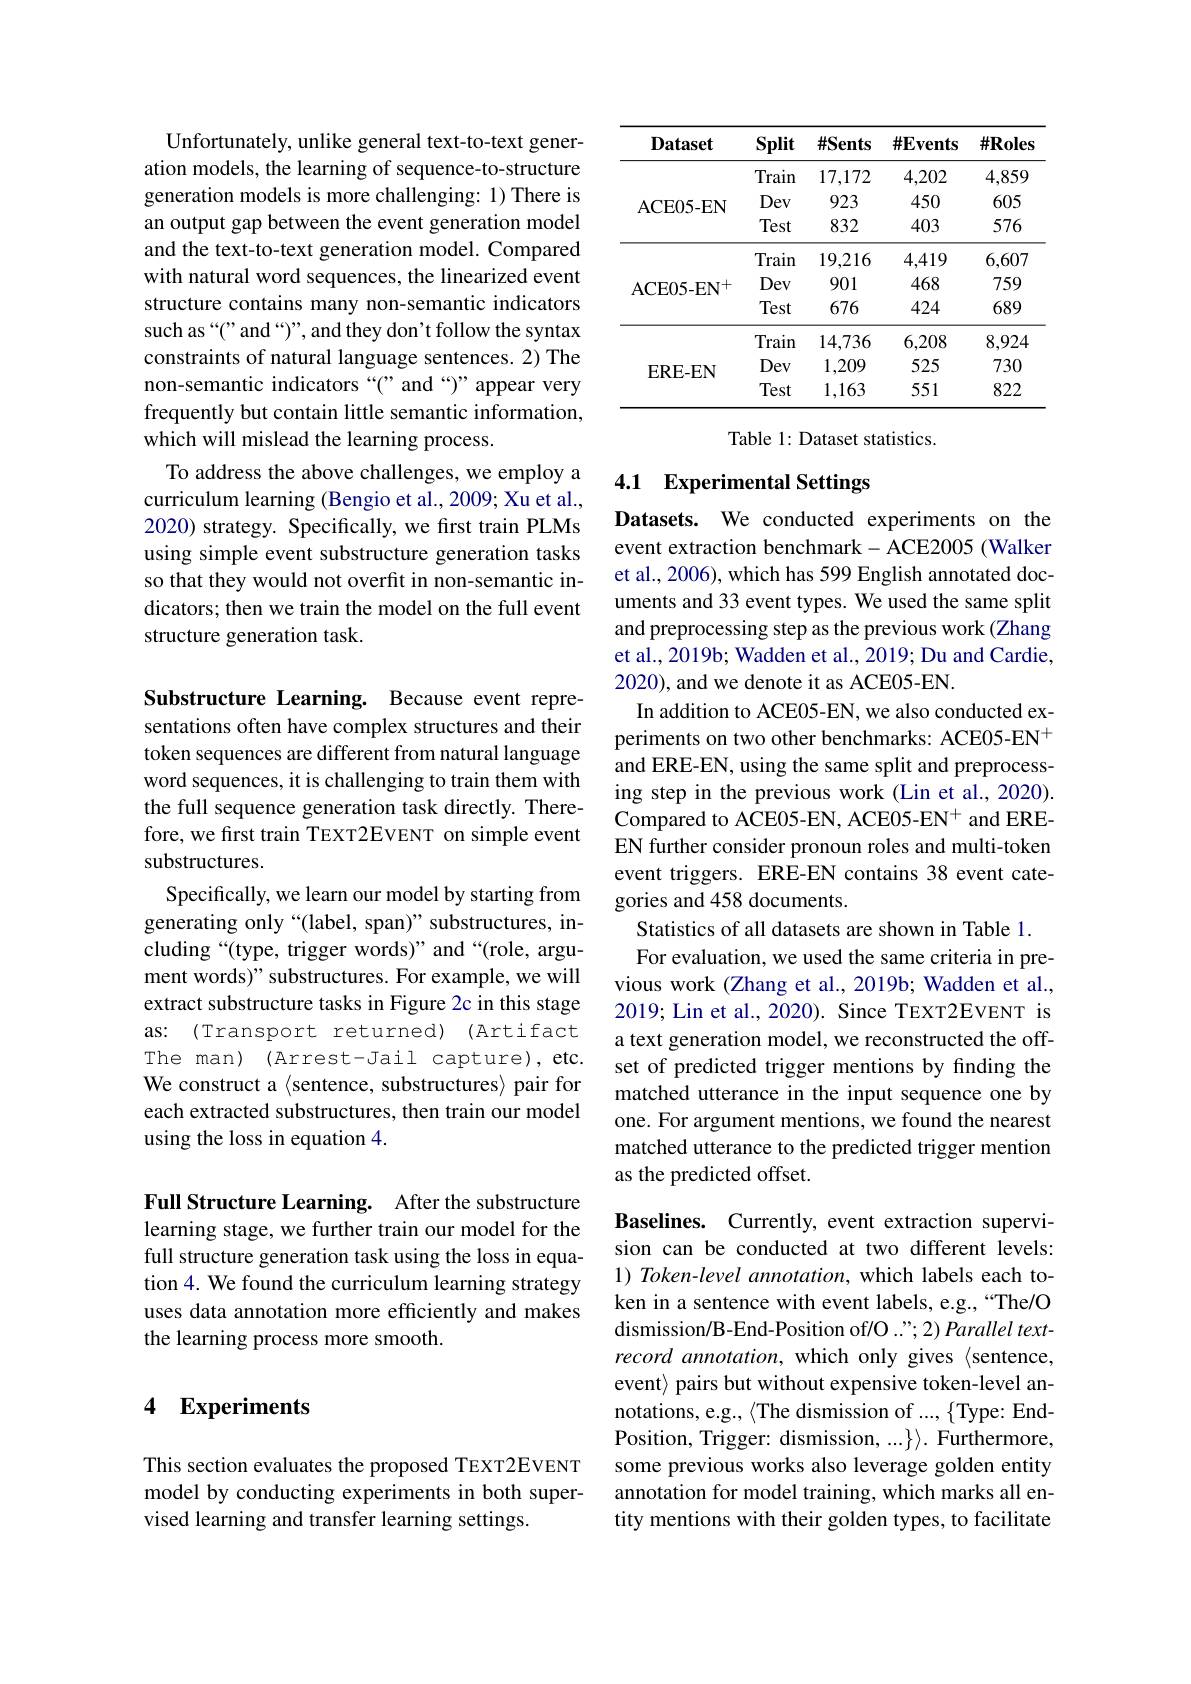
Unfortunately, unlike general text-to-text generation models, the learning of sequence-to-structure generation models is more challenging: 1) There is an output gap between the event generation model and the text-to-text generation model. Compared with natural word sequences, the linearized event structure contains many non-semantic indicators such as“(” and“)”, and they don't follow the syntax constraints of natural language sentences. 2) The non-semantic indicators “(”and“)”appear very frequently but contain little semantic information, which will mislead the learning process.
To address the above challenges, we employ a curriculum learning (Bengio et al., 2009; Xu et al., 2020) strategy. Specifically, we first train PLMs using simple event substructure generation tasks so that they would not overfit in non-semantic indicators; then we train the model on the full event structure generation task.

Substructure Learning. Because event representations often have complex structures and their token sequences are different from natural language word sequences, it is challenging to train them with the full sequence generation task directly. Therefore, we first train TEXT2EVENT on simple event substructures.
Specifically, we learn our model by starting from generating only“(label, span)” substructures, including“(type, trigger words)”and“(role, argument words)" substructures. For example, we will extract substructure tasks in Figure 2c in this stage as: (Transport returned) (Artifact The man) (Arrest-Jail capture),etc. We construct a {sentence, substructures} pair for each extracted substructures, then train our model using the loss in equation 4.

Full Structure Learning. After the substructure learning stage, we further train our model for the full structure generation task using the loss in equation 4. We found the curriculum learning strategy uses data annotation more efficiently and makes the learning process more smooth.

## 4 Experiments

This section evaluates the proposed TEXT2EVENT model by conducting experiments in both supervised learning and transfer learning settings.

<table>
	<tbody>
		<tr>
			<th>$\mathbf{Dataset}$</th>
			<th>Split</th>
			<th>$\#Sents$</th>
			<th>$\#\mathbf{E}$vents</th>
			<th>$\#Roles$</th>
		</tr>
		<tr>
			<td rowspan="3">ACE05- EN</td>
			<td>Train</td>
			<td>17,172</td>
			<td>4,202</td>
			<td>4,859</td>
		</tr>
		<tr>
			<td>Dev</td>
			<td>923</td>
			<td>450</td>
			<td>605</td>
		</tr>
		<tr>
			<td>Test</td>
			<td>832</td>
			<td>403</td>
			<td>576</td>
		</tr>
		<tr>
			<td rowspan="3">ACE05- E$N^{+ }$</td>
			<td>Train</td>
			<td>19,216</td>
			<td>4,419</td>
			<td>6,607</td>
		</tr>
		<tr>
			<td>Dev</td>
			<td>901</td>
			<td>468</td>
			<td>759</td>
		</tr>
		<tr>
			<td>Test</td>
			<td>676</td>
			<td>424</td>
			<td>689</td>
		</tr>
		<tr>
			<td rowspan="3">ERE-EN</td>
			<td>Train</td>
			<td>14,736</td>
			<td>6,208</td>
			<td>8,924</td>
		</tr>
		<tr>
			<td>Dev</td>
			<td>1,209</td>
			<td>525</td>
			<td>730</td>
		</tr>
		<tr>
			<td>Test</td>
			<td>1,163</td>
			<td>551</td>
			<td>822</td>
		</tr>
	</tbody>
</table>

Table 1: Dataset statistics.

# 4.1 Experimental Settings

Datasets. We conducted experiments on the event extraction benchmark- ACE2005 (Walker et al., 2006), which has 599 English annotated documents and 33 event types. We used the same split and preprocessing step as the previous work (Zhang et al., 2019b; Wadden et al., 2019; Du and Cardie, 2020), and we denote it as ACE05-EN.
In addition to ACE05-EN, we also conducted experiments on two other benchmarks: ACE05-EN$^+$ and ERE-EN, using the same split and preprocessing step in the previous work (Lin et al., 2020). Compared to ACE05-EN, ACE05-EN+ and EREEN further consider pronoun roles and multi-token event triggers. ERE-EN contains 38 event categories and 458 documents.
Statistics of all datasets are shown in Table 1.
For evaluation, we used the same criteria in previous work (Zhang et al., 2019b; Wadden et al., 2019; Lin et al., 2020). Since TEXT2EVENT is a text generation model, we reconstructed the offset of predicted trigger mentions by finding the matched utterance in the input sequence one by one. For argument mentions, we found the nearest matched utterance to the predicted trigger mention as the predicted offset.

Baselines. Currently, event extraction supervision can be conducted at two different levels: 1) Token-level annotation, which labels each token in a sentence with event labels, e.g.,“The/O dismission/B-End-Position of/O .",2) Parallel textrecord annotation, which only gives (sentence, event> pairs but without expensive token-level annotations, e.g., $\langle$The dismission of $...,\{$Type: EndPosition, Trigger: dismission, ...\}\rangle. Furthermore, some previous works also leverage golden entity annotation for model training, which marks all entity mentions with their golden types, to facilitate